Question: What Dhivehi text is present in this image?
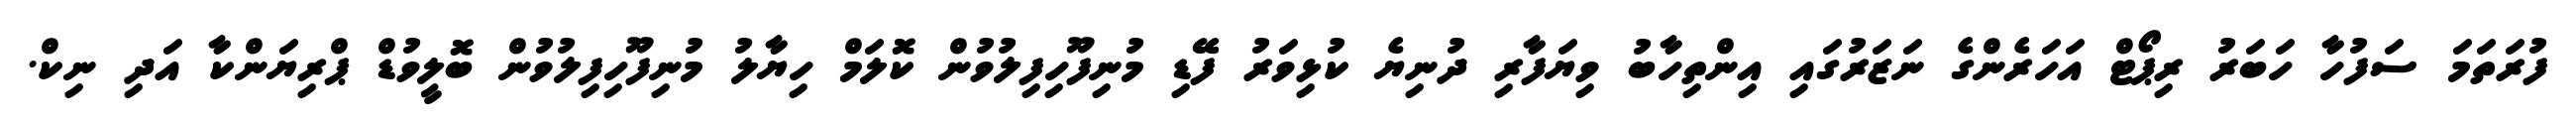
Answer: ފުރަތަމަ ސަފުހާ ހަބަރު ރިޕޯޓް އަހަރެންގެ ނަޒަރުގައި އިންތިހާބު ވިޔަފާރި ދުނިޔެ ކުޅިވަރު ފޭޑި މުނިފޫހިފިލުވުން ކޮލަމް ހިޔާލު މުނިފޫހިފިލުވުން ބޮލީވުޑް ޕްރިޔަންކާ އަދި ނިކް.